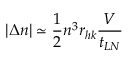
| \Delta n | \simeq \frac { 1 } { 2 } n ^ { 3 } r _ { h k } \frac { V } { t _ { L N } }